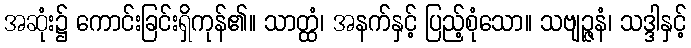
အဆုံး၌ ကောင်းခြင်းရှိကုန်၏။ သာတ္ထံ၊ အနက်နှင့် ပြည့်စုံသော။ သဗျဉ္ဇနံ၊ သဒ္ဒါနှင့်